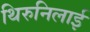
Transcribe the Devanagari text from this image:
थिरुनिलाई